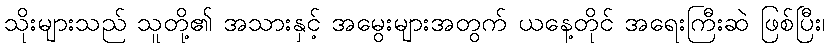
သိုးများသည် သူတို့၏ အသားနှင့် အမွေးများအတွက် ယနေ့တိုင် အရေးကြီးဆဲ ဖြစ်ပြီး၊